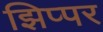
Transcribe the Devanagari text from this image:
झिप्पर